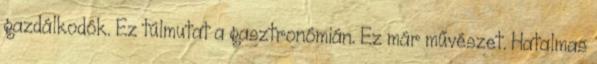
gazdálkodók. Ez túlmutat a gasztronómián. Ez már művészet. Hatalmas